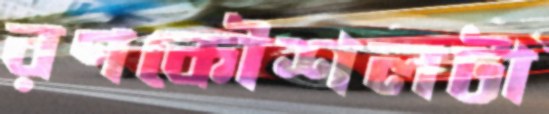
রণকৌশলটা